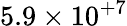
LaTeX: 5.9\times 10^{+7}